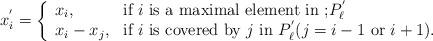
LaTeX: \begin{align*}x_{i}^{'}=\left\{ \begin{array}{ll} x_i, & \hbox{if $i$ is a maximal element in\ ;} P_\ell^{'} \\ x_i-x_j, & \hbox{if $i$ is covered by $j$ in $P_{\ell}^{'}$($j=i-1$ or $i+1$).} \end{array} \right.\end{align*}